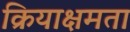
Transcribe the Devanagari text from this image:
क्रियाक्षमता